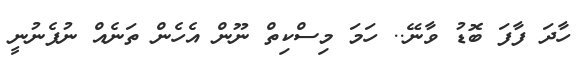
ހާދަ ފާފަ ބޮޑު ވާނޭ.. ހަމަ މިސްކިތް ނޫން އެހެން ތަނެއް ނުފެނުނީ